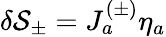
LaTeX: \delta{\cal S}_{\pm}=J_{a}^{(\pm)}\eta_{a}